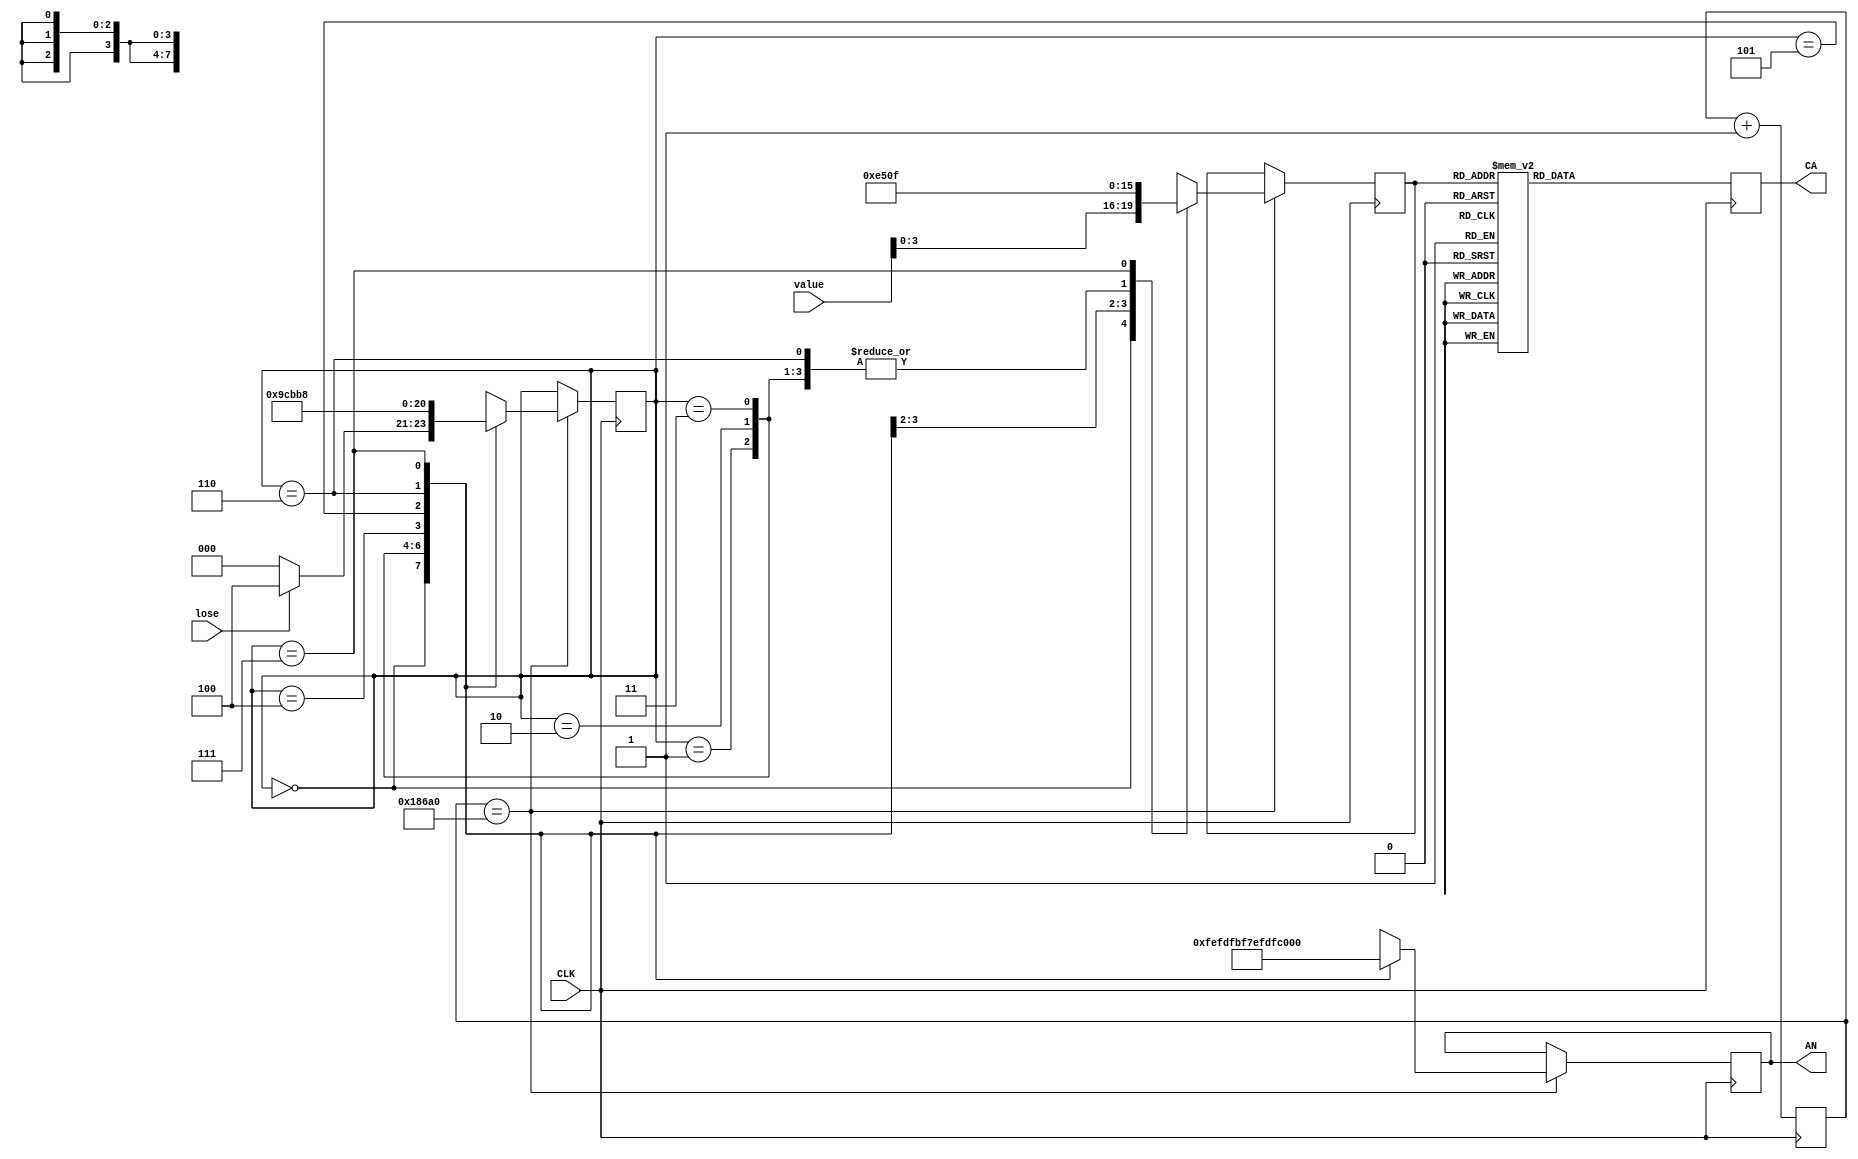
`timescale 1ns / 1ps
//////////////////////////////////////////////////////////////////////////////////
// Company:
// 
// Design Name: 
// Module Name: seven_seg
// Project Name: 
// Target Devices: 
// Tool Versions: 
// Description: 
// 
// Dependencies: 
// 
// Revision:
// Revision 0.01 - File Created
// Additional Comments:
// 
//////////////////////////////////////////////////////////////////////////////////

// Made by: Maxwell Gorley
module seven_seg(
     input CLK,
     input [31:0] value,
     input lose,
     output reg [7:0] CA,
     output reg [7:0] AN
    );
    reg [3:0] curVal=0; // Value to display on current anode
    reg [16:0] slow_clk=0;  // Used to refresh displays
    reg [2:0] disp=0;   // Current display
    always @(posedge CLK)
        // Segments to light for each number (DP, G, F, E, D, C, B, A) -- Active low
        begin
            case(curVal)
                0: CA<=8'b11000000;
                1: CA<=8'b11111001;
                2: CA<=8'b10100100;
                3: CA<=8'b10110000;
                4: CA<=8'b10011001;
                5: CA<=8'b10010010;
                6: CA<=8'b10000010;
                7: CA<=8'b11111000;
                8: CA<=8'b10000000;
                9: CA<=8'b10010000;
                10: CA<=8'b10001000;
                11: CA<=8'b10000011;
                12: CA<=8'b10100111;
                13: CA<=8'b10100001;
                14: CA<=8'b10000110;
                15: CA<=8'b11000111;    // L
                default: CA<=8'b01111111;
            endcase
            
       // Switch to new display every 100000 clock ticks, or 1 millisecond
        if(slow_clk==100000)
                begin
                slow_clk<=0;    // Set slow clock back to 0
                // Anode to use for current display -- Active low
                // "disp <= disp+1;" will use the next display when the clock reaches 100000 unless the last display is selected
                // 4 bits of "value" are used to show a hex digit on a single display
                case(disp)
                    0: begin
                        AN<=8'b11111110;
                        curVal<=value[3:0];
                        if(lose) begin
                            disp<=4;
                        end
                        else begin
                            disp<=0;
                        end
                    end
                    1: begin
                        AN<=8'b11111101;
                        curVal<=0;
                        disp<=2;
                    end
                    2: begin
                        AN<=8'b11111011;
                        curVal<=0;
                        disp<=3;
                    end
                    3: begin
                        AN<=8'b11110111;
                        curVal<=0;
                        disp<=4;
                    end
                    4: begin
                        AN<=8'b11101111;
                        curVal<=14;  // E
                        disp<=5;
                    end
                    5: begin
                        AN<=8'b11011111;
                        curVal<=5;  // 5
                        disp<=6;
                    end
                    6: begin
                        AN<=8'b10111111;
                        curVal<=0;   // 0
                        disp<=7;
                    end
                    7: begin
                        AN<=8'b01111111;
                        curVal<=15;   // L
                        disp<=0;
                    end
                endcase
            end
            slow_clk<=slow_clk+1;   // Do 1 tick of the slow clock
        end
endmodule